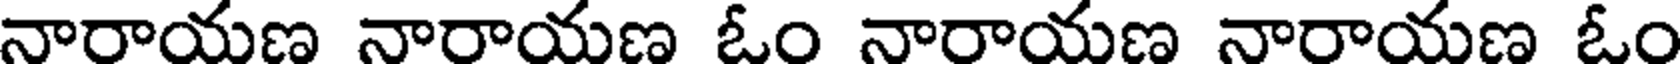
నారాయణ నారాయణ ఓం నారాయణ నారాయణ ఓం